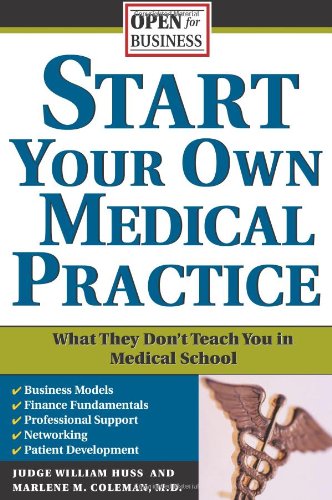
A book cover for Start Your Own Medical Practice: A Guide to All the Things They Don't Teach You in Medical School about Starting Your Own Practice (Open for Business); Judge Huss; Law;